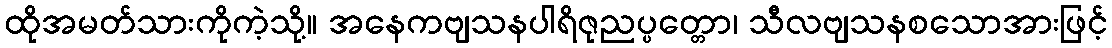
ထိုအမတ်သားကိုကဲ့သို့။ အနေကဗျသနပါရိဇုညပ္ပတ္တော၊ သီလဗျသနစသောအားဖြင့်